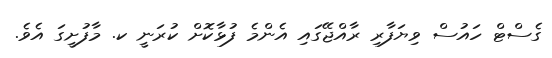
ގެސްޓް ހައުސް ވިޔަފާރި ރާއްޖޭގައި އެންމެ ފުޅާކޮށް ކުރަނީ ކ. މާފުށީގަ އެވެ.